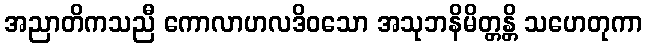
အညာတိကသညီ ကောလာဟလဒိဝသော အသုဘနိမိတ္တန္တိ သဟေတုကာ